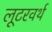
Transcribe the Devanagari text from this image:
लूटरवर्थ